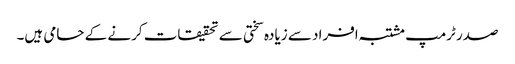
صدر ٹرمپ مشتبہ افراد سے زیادہ سختی سے تحقیقات کرنے کے حامی ہیں۔